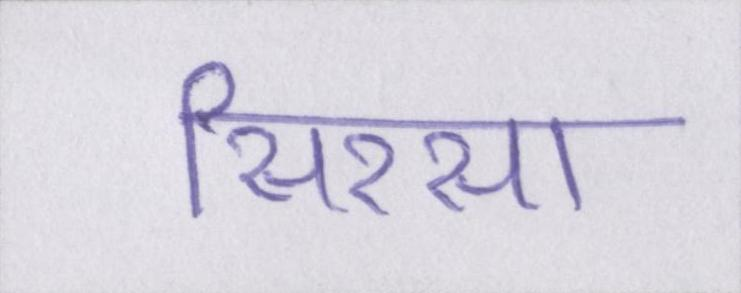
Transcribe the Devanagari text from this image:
सिरसा